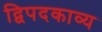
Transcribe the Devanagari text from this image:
द्विपदकाव्य